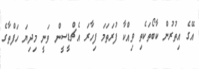
އޭގެ އިތުރުން ކާބޯތަކެތި ވިއްކާ ފުރަތަމަ ފިހާރަ އެޗްޑީސީން ވަނީ މިިދިޔަ ހަފްތާގެ